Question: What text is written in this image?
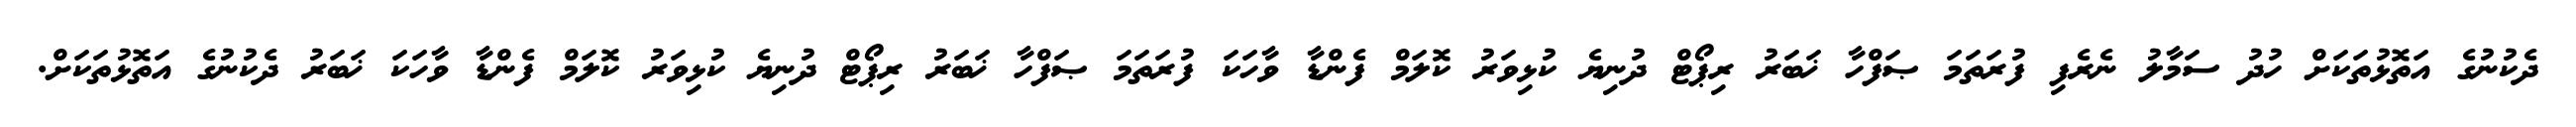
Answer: ދެކުނުގެ އަތޮޅުތަކަށް ހުދު ސަމާލު ނެރެފި ފުރަތަމަ ޞަފްހާ ޚަބަރު ރިޕޯޓް ދުނިޔެ ކުޅިވަރު ކޮލަމް ފެންޑާ ވާހަކަ ފުރަތަމަ ޞަފްހާ ޚަބަރު ރިޕޯޓް ދުނިޔެ ކުޅިވަރު ކޮލަމް ފެންޑާ ވާހަކަ ޚަބަރު ދެކުނުގެ އަތޮޅުތަކަށް.